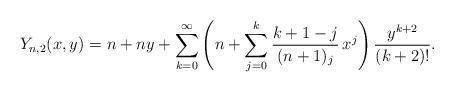
LaTeX: \begin{align*}Y_{n,2}(x,y) = & \, \, n+ny+\sum_{k=0}^\infty \left( n+\sum_{j=0}^k \frac{k+1-j}{(n+1)_j} \, x^j\right) \frac{y^{k+2}}{(k+2)!}.\end{align*}